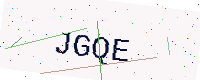
Text: JGQE